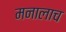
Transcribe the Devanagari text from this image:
मनालाच